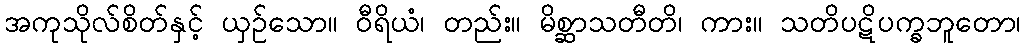
အကုသိုလ်စိတ်နှင့် ယှဉ်သော။ ဝီရိယံ၊ တည်း။ မိစ္ဆာသတီတိ၊ ကား။ သတိပဋိပက္ခဘူတော၊